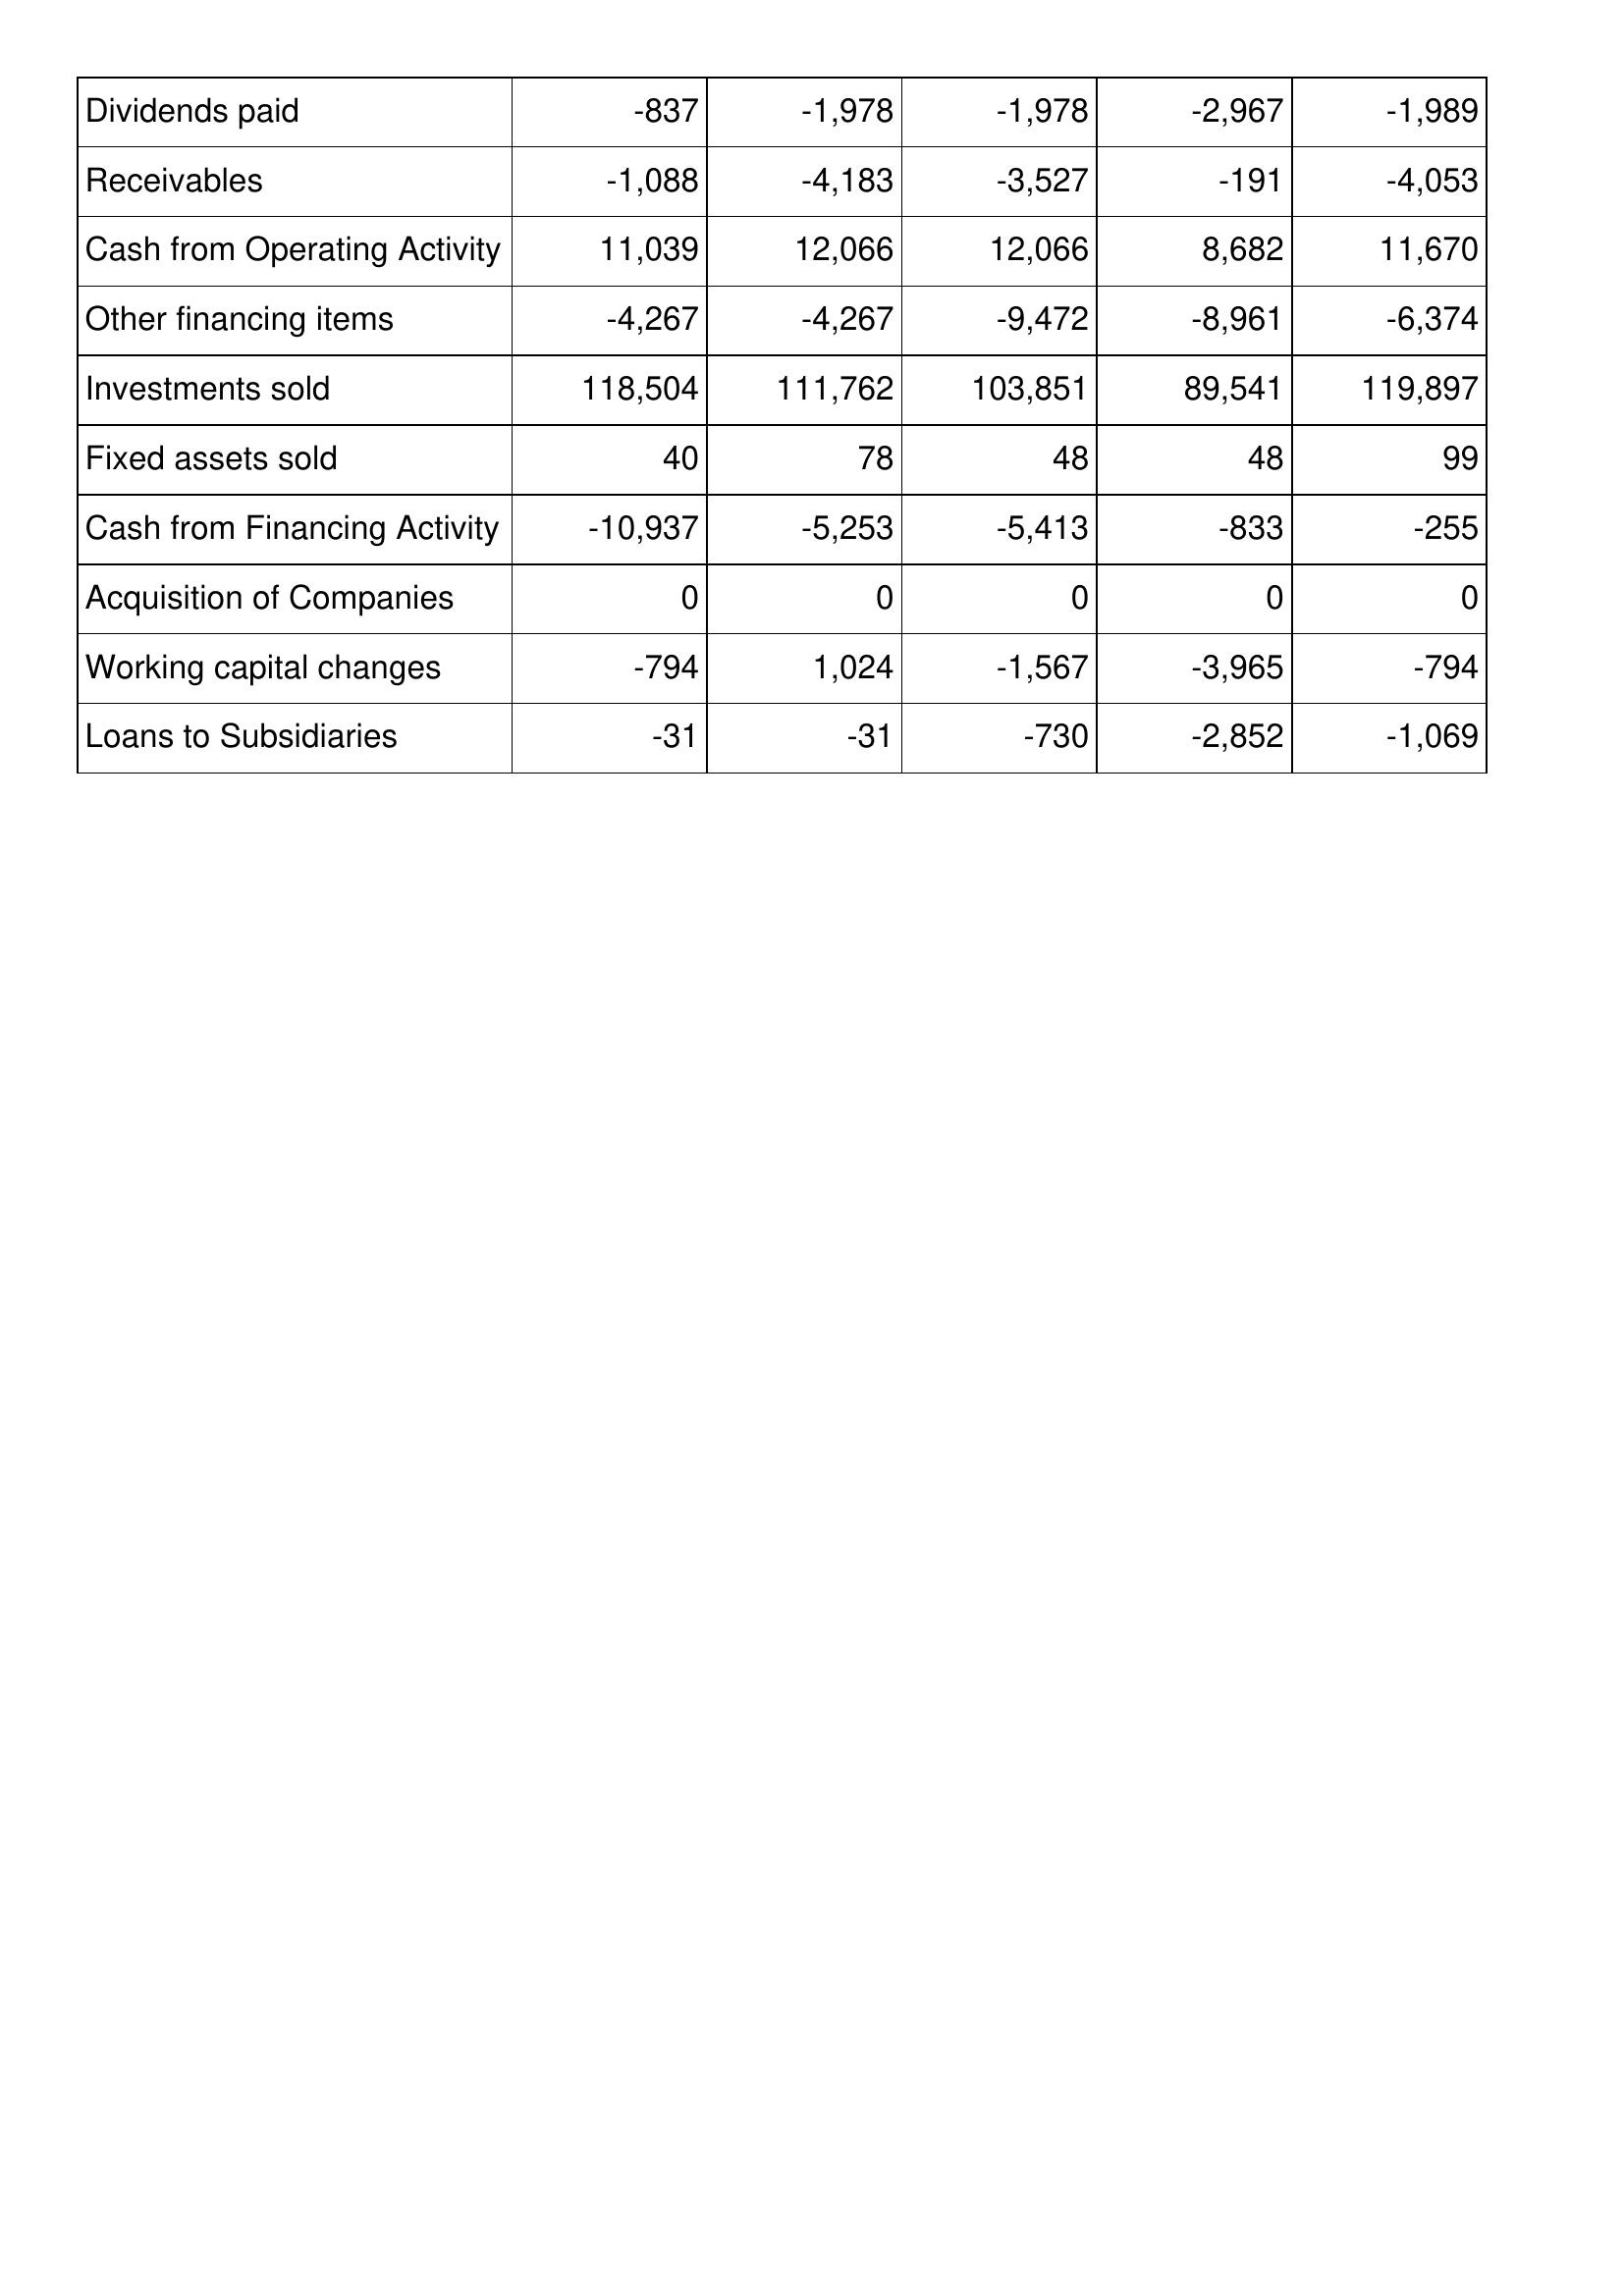
Jun-13: Cash Flows: Dividends paid: -837
Receivables: -1,088
Cash from Operating Activity: 11,039
Other financing items: -4,267
Investments sold: 118,504
Fixed assets sold: 40
Cash from Financing Activity: -10,937
Acquisition of Companies: 0
Working capital changes: -794
Loans to Subsidiaries: -31
Jun-14: Cash Flows: Dividends paid: -1,978
Receivables: -4,183
Cash from Operating Activity: 12,066
Other financing items: -4,267
Investments sold: 111,762
Fixed assets sold: 78
Cash from Financing Activity: -5,253
Acquisition of Companies: 0
Working capital changes: 1,024
Loans to Subsidiaries: -31
Jun-15: Cash Flows: Dividends paid: -1,978
Receivables: -3,527
Cash from Operating Activity: 12,066
Other financing items: -9,472
Investments sold: 103,851
Fixed assets sold: 48
Cash from Financing Activity: -5,413
Acquisition of Companies: 0
Working capital changes: -1,567
Loans to Subsidiaries: -730
Jun-16: Cash Flows: Dividends paid: -2,967
Receivables: -191
Cash from Operating Activity: 8,682
Other financing items: -8,961
Investments sold: 89,541
Fixed assets sold: 48
Cash from Financing Activity: -833
Acquisition of Companies: 0
Working capital changes: -3,965
Loans to Subsidiaries: -2,852
Jun-17: Cash Flows: Dividends paid: -1,989
Receivables: -4,053
Cash from Operating Activity: 11,670
Other financing items: -6,374
Investments sold: 119,897
Fixed assets sold: 99
Cash from Financing Activity: -255
Acquisition of Companies: 0
Working capital changes: -794
Loans to Subsidiaries: -1,069